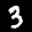
Label: 3